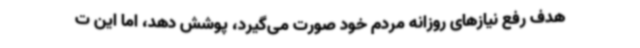
هدف رفع نیازهای روزانه مردم خود صورت می‌گیرد، پوشش دهد، اما این ت